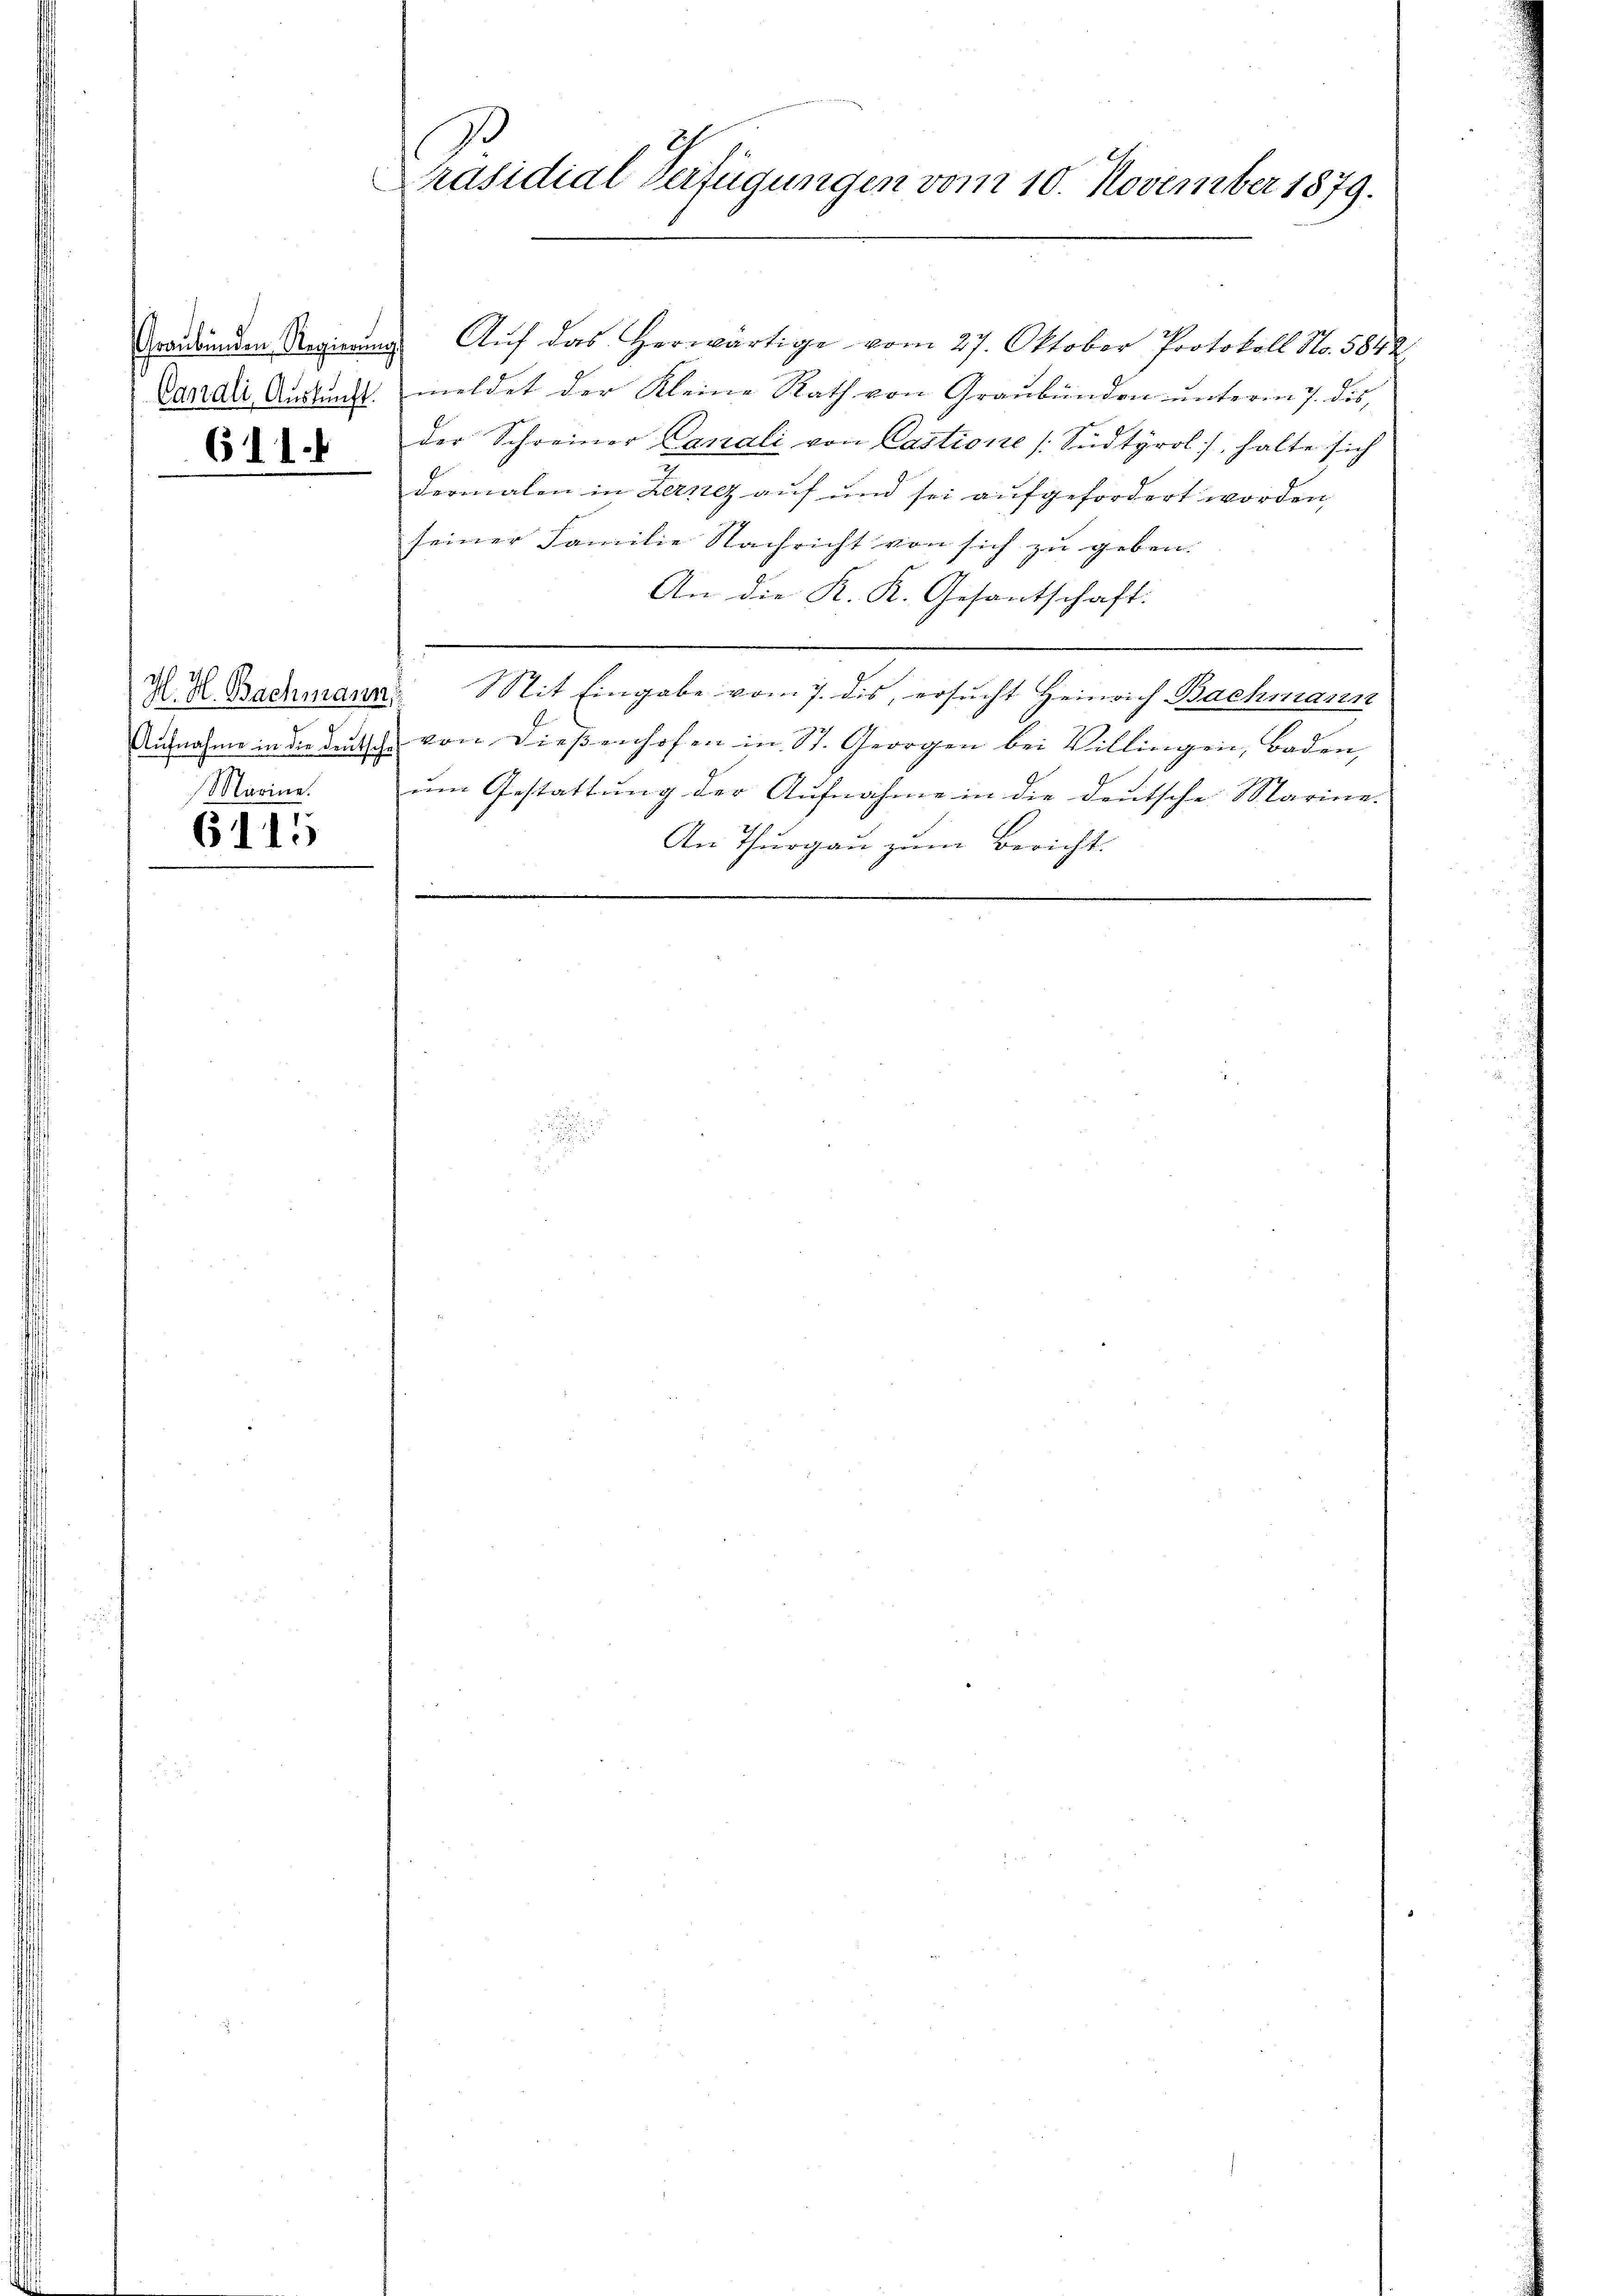
6114

H. H. Bachmann
Marine.

6115

Präsidial-Verfügungen vom 10. November 1879.

Grondinum Regierungs Auf das Herwärtige vom 27. Oktober Protokoll No. 5842.
Candii Ausfunkt meldet der Kleine Rath von Graubünden unterm 7. des,
der Schreiner Canali von Castione (Sudtyrol, halte sich
dermalen in Zerrez auf und sei aufgefordert worden,
seiner Familie Nachricht von sich zu geben.
An die K. K. Gesantschaft.
Mit Eingabe vom 7. dis, ersucht Heinrich Bachmann
Ausnahme in die Deutsche von Dießenhofen in St. Georgen bei Villingen, Baden,
um Gestattung der Aufnahme in die deutsche Marine.
An Thurgau zum Bericht.